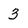
Character: 3